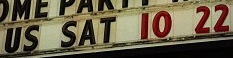
US SAT 10 22